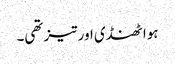
ہوا ٹھنڈی اور تیز تھی۔